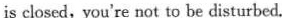
is closed,you're not to be disturbed.